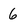
Character: 6